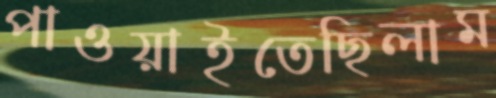
পাওয়াইতেছিলাম